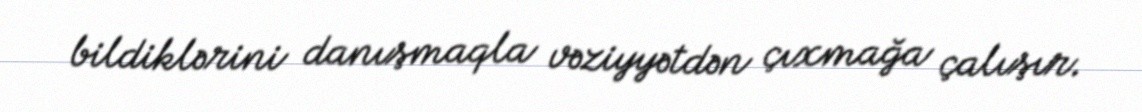
bildiklərini danışmaqla vəziyyətdən çıxmağa çalışır.